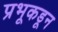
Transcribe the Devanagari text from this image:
प्रभूकडून